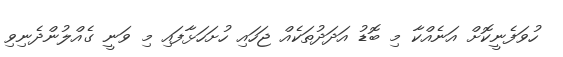
ހުވަފެނީކޮށް އަނެއްކާ މި ބޮޑު އަދަދުތަކެއް ޖަހައި ހުށަހަޅާފައި މި ވަނީ ގެއްލުންދެނިވި